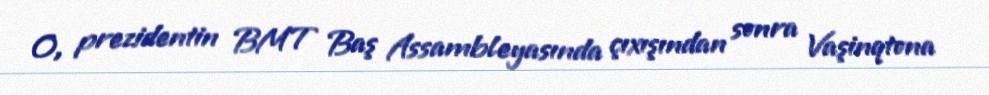
O, prezidentin BMT Baş Assambleyasında çıxışından sonra Vaşinqtona